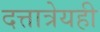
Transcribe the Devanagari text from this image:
दत्तात्रेयही